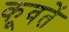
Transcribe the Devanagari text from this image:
कूवतें